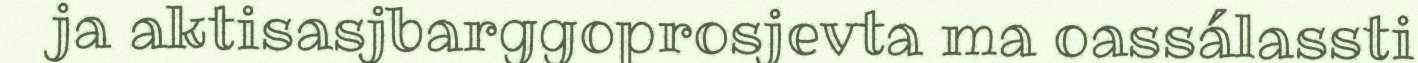
ja aktisasjbarggoprosjevta ma oassálassti